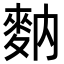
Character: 𪌅